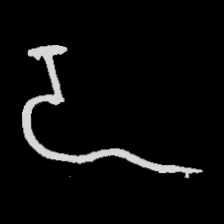
Pyu character \u2014 Myanmar letter: ဍ (romanized: dda)